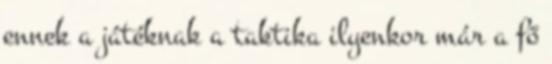
ennek a játéknak a taktika ilyenkor már a fő